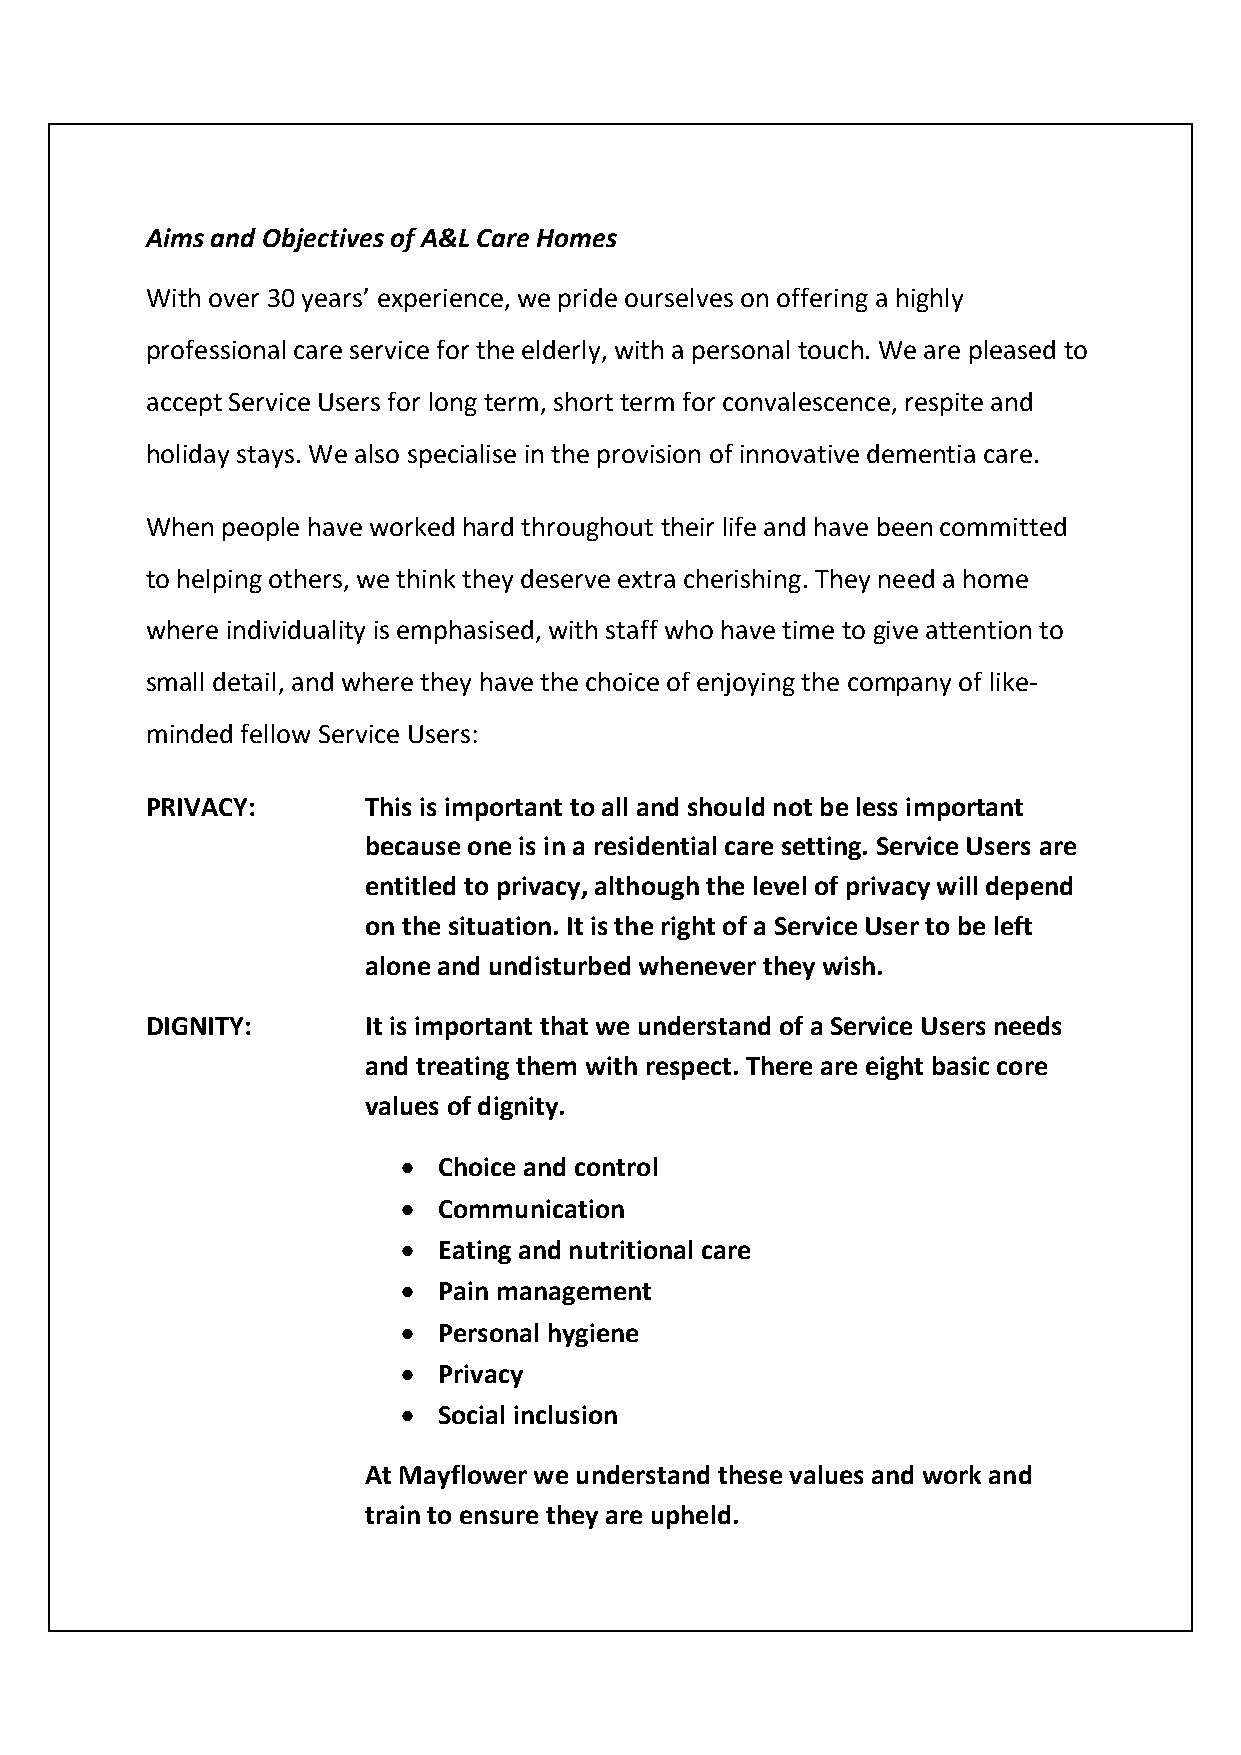
Aims and Objectives of A&L Care Homes
 With over 30 years’ experience, we pride ourselves on offering a highly
 professional care service for the elderly, with a personal touch. We are pleased to
 accept Service Users for long term, short term for convalescence, respite and
 holiday stays. We also specialise in the provision of innovative dementia care.
 When people have worked hard throughout their life and have been committed
 to helping others, we think they deserve extra cherishing. They need a home
 where individuality is emphasised, with staff who have time to give attention to
 small detail, and where they have the choice of enjoying the company of like-
 minded fellow Service Users:
 PRIVACY:      This is important to all and should not be less important
 because one is in a residential care setting. Service Users are
 entitled to privacy, although the level of privacy will depend
 on the situation. It is the right of a Service User to be left
 alone and undisturbed whenever they wish.
 DIGNITY:      It is important that we understand of a Service Users needs
 and treating them with respect. There are eight basic core
 values of dignity.
  Choice and control
  Communication
  Eating and nutritional care
  Pain management
  Personal hygiene
  Privacy
  Social inclusion
 At Mayflower we understand these values and work and
 train to ensure they are upheld.